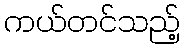
ကယ်တင်သည့်